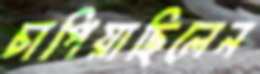
চাপিয়াছিলেন